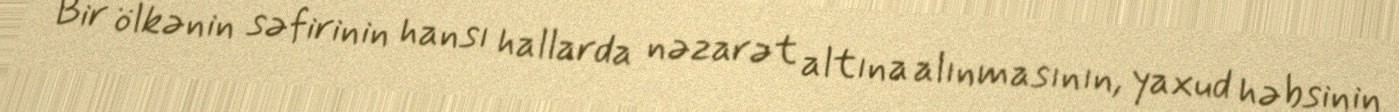
Bir ölkənin səfirinin hansı hallarda nəzarət altına alınmasının, yaxud həbsinin